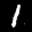
Label: 1